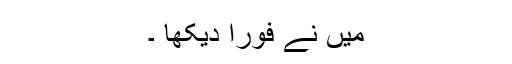
میں نے فورا دیکھا ۔